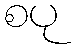
စပု